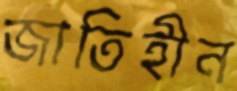
জাতিহীন